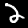
Label: 2